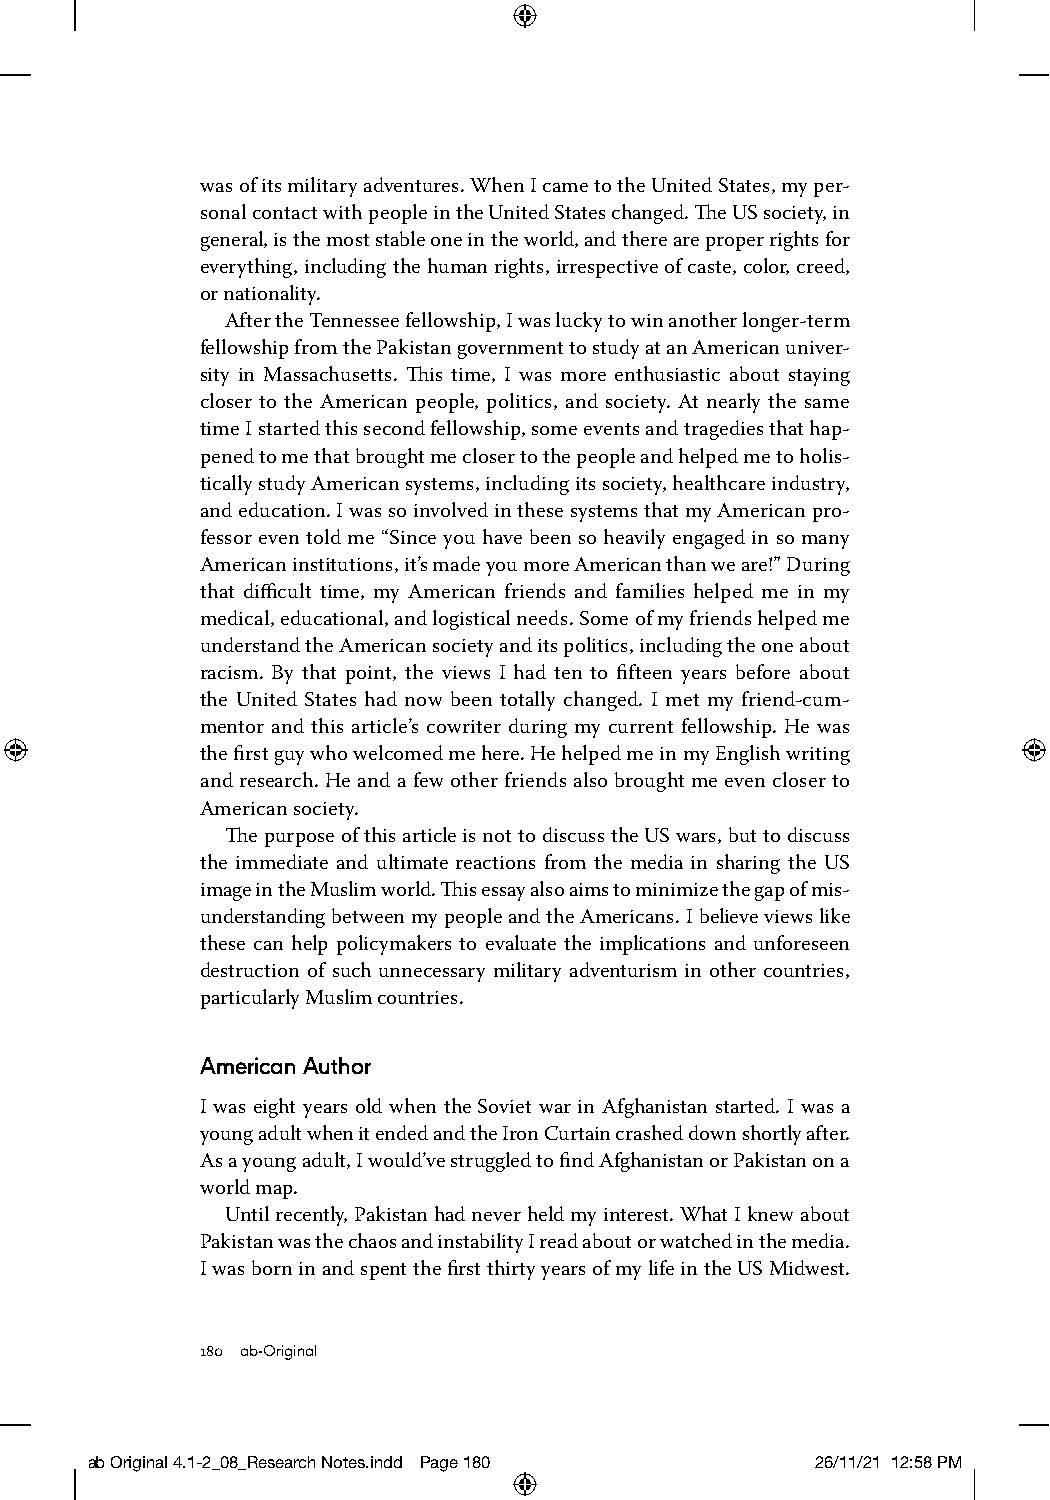
was of its military adventures. When I came to the United States, my per-
 sonal contact with people in the United States changed. The US society, in
 general, is the most stable one in the world, and there are proper rights for
 everything, including the human rights, irrespective of caste, color, creed,
 or nationality.
 After the Tennessee fellowship, I was lucky to win another longer-term
 fellowship from the Pakistan government to study at an American univer-
 sity in Massachusetts. This time, I was more enthusiastic about staying
 closer to the American people, politics, and society. At nearly the same
 time I started this second fellowship, some events and tragedies that hap-
 pened to me that brought me closer to the people and helped me to holis-
 tically study American systems, including its society, healthcare industry,
 and education. I was so involved in these systems that my American pro-
 fessor even told me “Since you have been so heavily engaged in so many
 American institutions, it’s made you more American than we are!” During
 that difficult time, my American friends and families helped me in my
 medical, educational, and logistical needs. Some of my friends helped me
 understand the American society and its politics, including the one about
 racism. By that point, the views I had ten to fifteen years before about
 the United States had now been totally changed. I met my friend-cum-
 mentor and this article’s cowriter during my current fellowship. He was
 the first guy who welcomed me here. He helped me in my English writing
 and research. He and a few other friends also brought me even closer to
 American society.
 The purpose of this article is not to discuss the US wars, but to discuss
 the immediate and ultimate reactions from the media in sharing the US
 image in the Muslim world. This essay also aims to minimize the gap of mis-
 understanding between my people and the Americans. I believe views like
 these can help policymakers to evaluate the implications and unforeseen
 destruction of such unnecessary military adventurism in other countries,
 particularly Muslim countries.
 American Author
 I was eight years old when the Soviet war in Afghanistan started. I was a
 young adult when it ended and the Iron Curtain crashed down shortly after.
 As a young adult, I would’ve struggled to find Afghanistan or Pakistan on a
 world map.
 Until recently, Pakistan had never held my interest. What I knew about
 Pakistan was the chaos and instability I read about or watched in the media.
 I was born in and spent the first thirty years of my life in the US Midwest.
 180 ab-Original
 ab Original 4.1-2_08_Research Notes.indd Page 180 26/11/21 12:58 PM